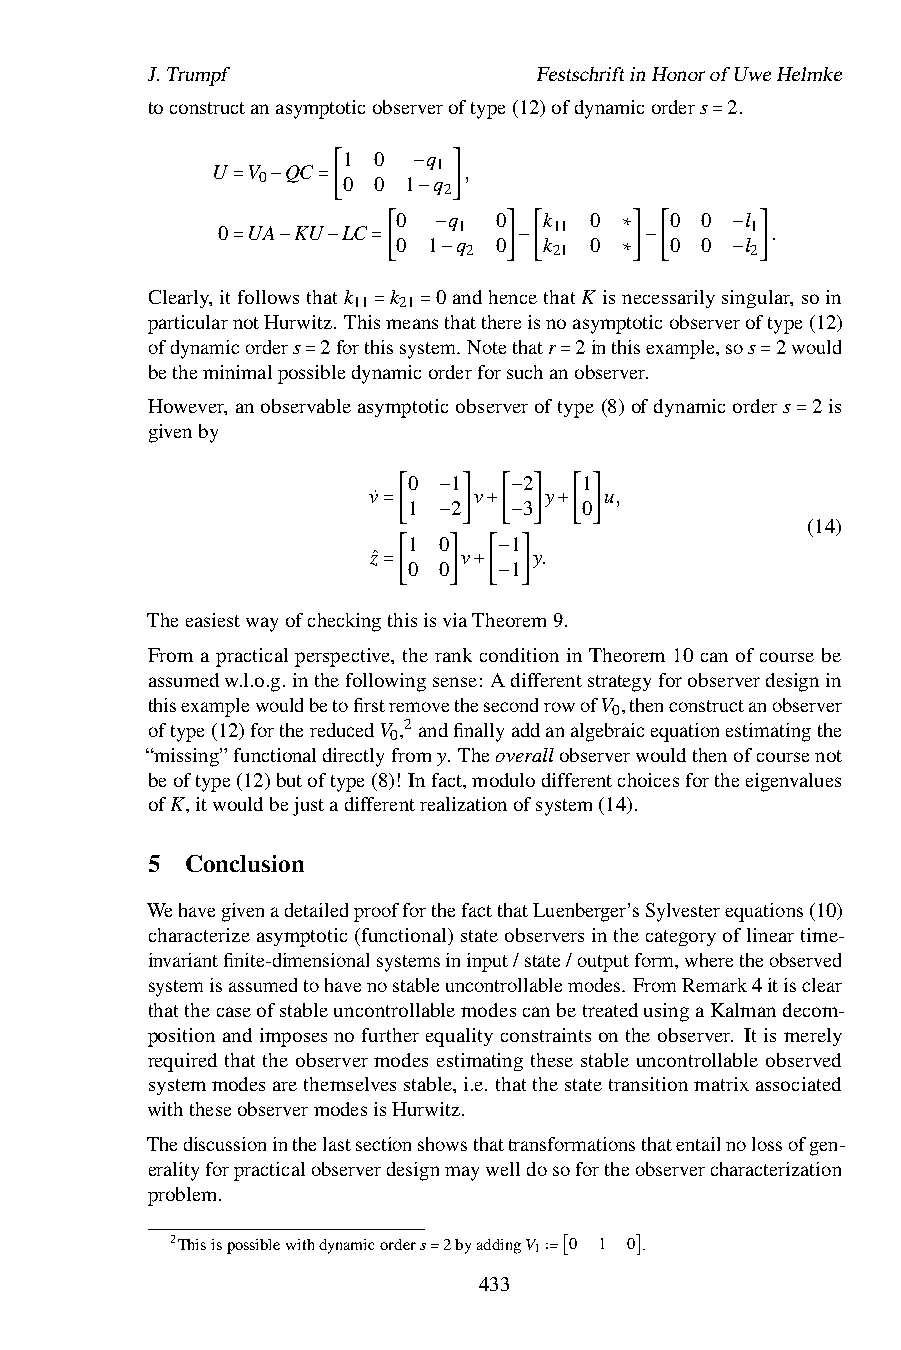
J.Trumpf                  FestschriftinHonorofUweHelmke
 toconstructanasymptoticobserveroftype(12)ofdynamicorders 2.
 1 0  q                  =
 U V  QC        1 ,
 0     0 0 1 q
 2
 −
 =  −  =[   0   q] 0  k  0    0 0  l
 0 UA KU  LC   − 1      11           1 .
 0 1 q  0  k  0    0 0  l
 2     21           2
 −           ∗      −
 =  −   −  =[      ]−[      ]−[     ]
 Clearly,itfollowsthatk k 0−andhencethatK is∗necessarilysi−ngular,soin
 11 21
 particularnotHurwitz. Thismeansthatthereisnoasymptoticobserveroftype(12)
 ofdynamicorders 2forth=issys=tem. Notethatr 2inthisexample,sos 2would
 betheminimalpossibledynamicorderforsuchanobserver.
 =                =            =
 However,anobservableasymptoticobserveroftype(8)ofdynamicorders 2is
 givenby
 =
 0  1    2  1
 v˙     v    y   u,
 1  2    3  0
 −    −                  (14)
 =[1 0 ] +[1 ] +[ ]
 zˆ   − v  − y.
 0 0    1
 −
 =[   ] +[ ]
 TheeasiestwayofcheckingthisisviaThe−orem9.
 From a practical perspective, the rank condition in Theorem 10 can of course be
 assumedw.l.o.g. inthefollowingsense: Adifferentstrategyforobserverdesignin
 thisexamplewouldbetofirstremovethesecondrowofV ,thenconstructanobserver
 0
 oftype(12)forthereducedV ,2andfinallyaddanalgebraicequationestimatingthe
 0
 “missing”functionaldirectlyfromy. Theoverallobserverwouldthenofcoursenot
 beoftype(12)butoftype(8)! Infact,modulodifferentchoicesfortheeigenvalues
 ofK,itwouldbejustadifferentrealizationofsystem(14).
 5 Conclusion
 WehavegivenadetailedproofforthefactthatLuenberger’sSylvesterequations(10)
 characterizeasymptotic(functional)stateobserversinthecategoryoflineartime-
 invariantfinite-dimensionalsystemsininput/state/outputform,wheretheobserved
 systemisassumedtohavenostableuncontrollablemodes. FromRemark4itisclear
 thatthecaseofstableuncontrollablemodescanbetreatedusingaKalmandecom-
 positionandimposesnofurtherequalityconstraintsontheobserver. Itismerely
 required that the observer modes estimating these stable uncontrollable observed
 systemmodesarethemselvesstable,i.e. thatthestatetransitionmatrixassociated
 withtheseobservermodesisHurwitz.
 Thediscussioninthelastsectionshowsthattransformationsthatentailnolossofgen-
 eralityforpracticalobserverdesignmaywelldosofortheobservercharacterization
 problem.
 2Thisispossiblewithdynamicorders=2byaddingV 1∶=[0 1 0].
 433